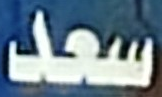
سعد